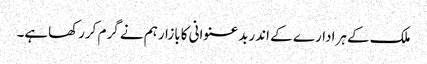
ملک کے ہرادارے کے اندربدعنوانی کابازارہم نے گرم کررکھاہے۔